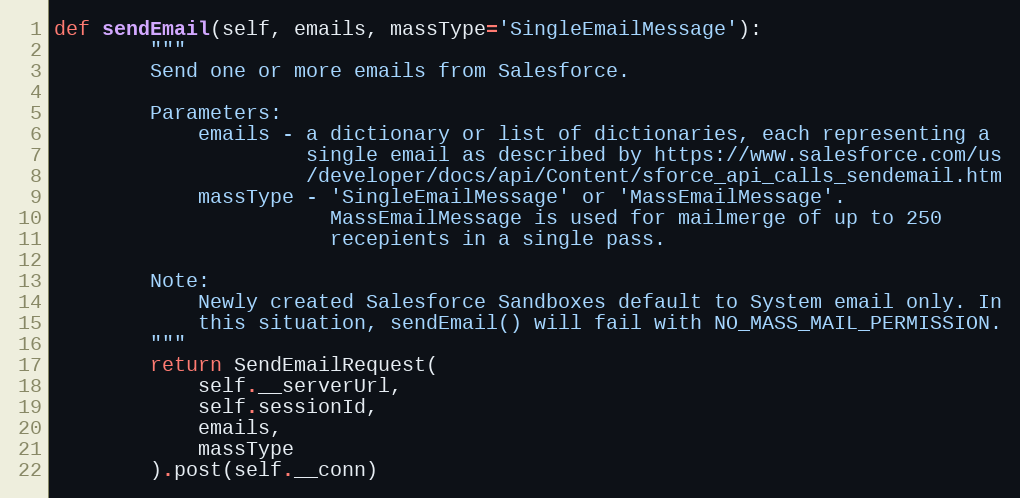
Language: Python
def sendEmail(self, emails, massType='SingleEmailMessage'):
        """
        Send one or more emails from Salesforce.

        Parameters:
            emails - a dictionary or list of dictionaries, each representing a
                     single email as described by https://www.salesforce.com/us
                     /developer/docs/api/Content/sforce_api_calls_sendemail.htm
            massType - 'SingleEmailMessage' or 'MassEmailMessage'.
                       MassEmailMessage is used for mailmerge of up to 250
                       recepients in a single pass.

        Note:
            Newly created Salesforce Sandboxes default to System email only. In
            this situation, sendEmail() will fail with NO_MASS_MAIL_PERMISSION.
        """
        return SendEmailRequest(
            self.__serverUrl,
            self.sessionId,
            emails,
            massType
        ).post(self.__conn)